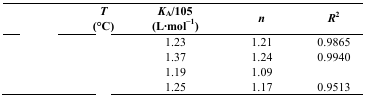
<table><thead><tr><td>[EMPTY_CELL]</td><td><b><i>T</i> (°C)</b></td><td><b><i>K</i><sub>A</sub>/105 (L·mol<sup>−1</sup>)</b></td><td><b><i>n</i></b></td><td><b><i>R</i><sup>2</sup></b></td></tr></thead><tbody><tr><td>[EMPTY_CELL]</td><td>[EMPTY_CELL]</td><td>1.23</td><td>1.21</td><td>0.9865</td></tr><tr><td>[EMPTY_CELL]</td><td>[EMPTY_CELL]</td><td>1.37</td><td>1.24</td><td>0.9940</td></tr><tr><td>[EMPTY_CELL]</td><td>[EMPTY_CELL]</td><td>1.19</td><td>1.09</td><td>[EMPTY_CELL]</td></tr><tr><td>[EMPTY_CELL]</td><td>[EMPTY_CELL]</td><td>1.25</td><td>1.17</td><td>0.9513</td></tr></tbody></table>